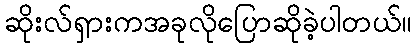
ဆိုးလ်ရှားကအခုလိုပြောဆိုခဲ့ပါတယ်။